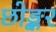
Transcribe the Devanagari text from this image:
छोङ्कर